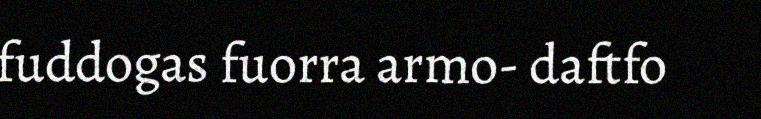
fuddogas fuorra armo- daftfo